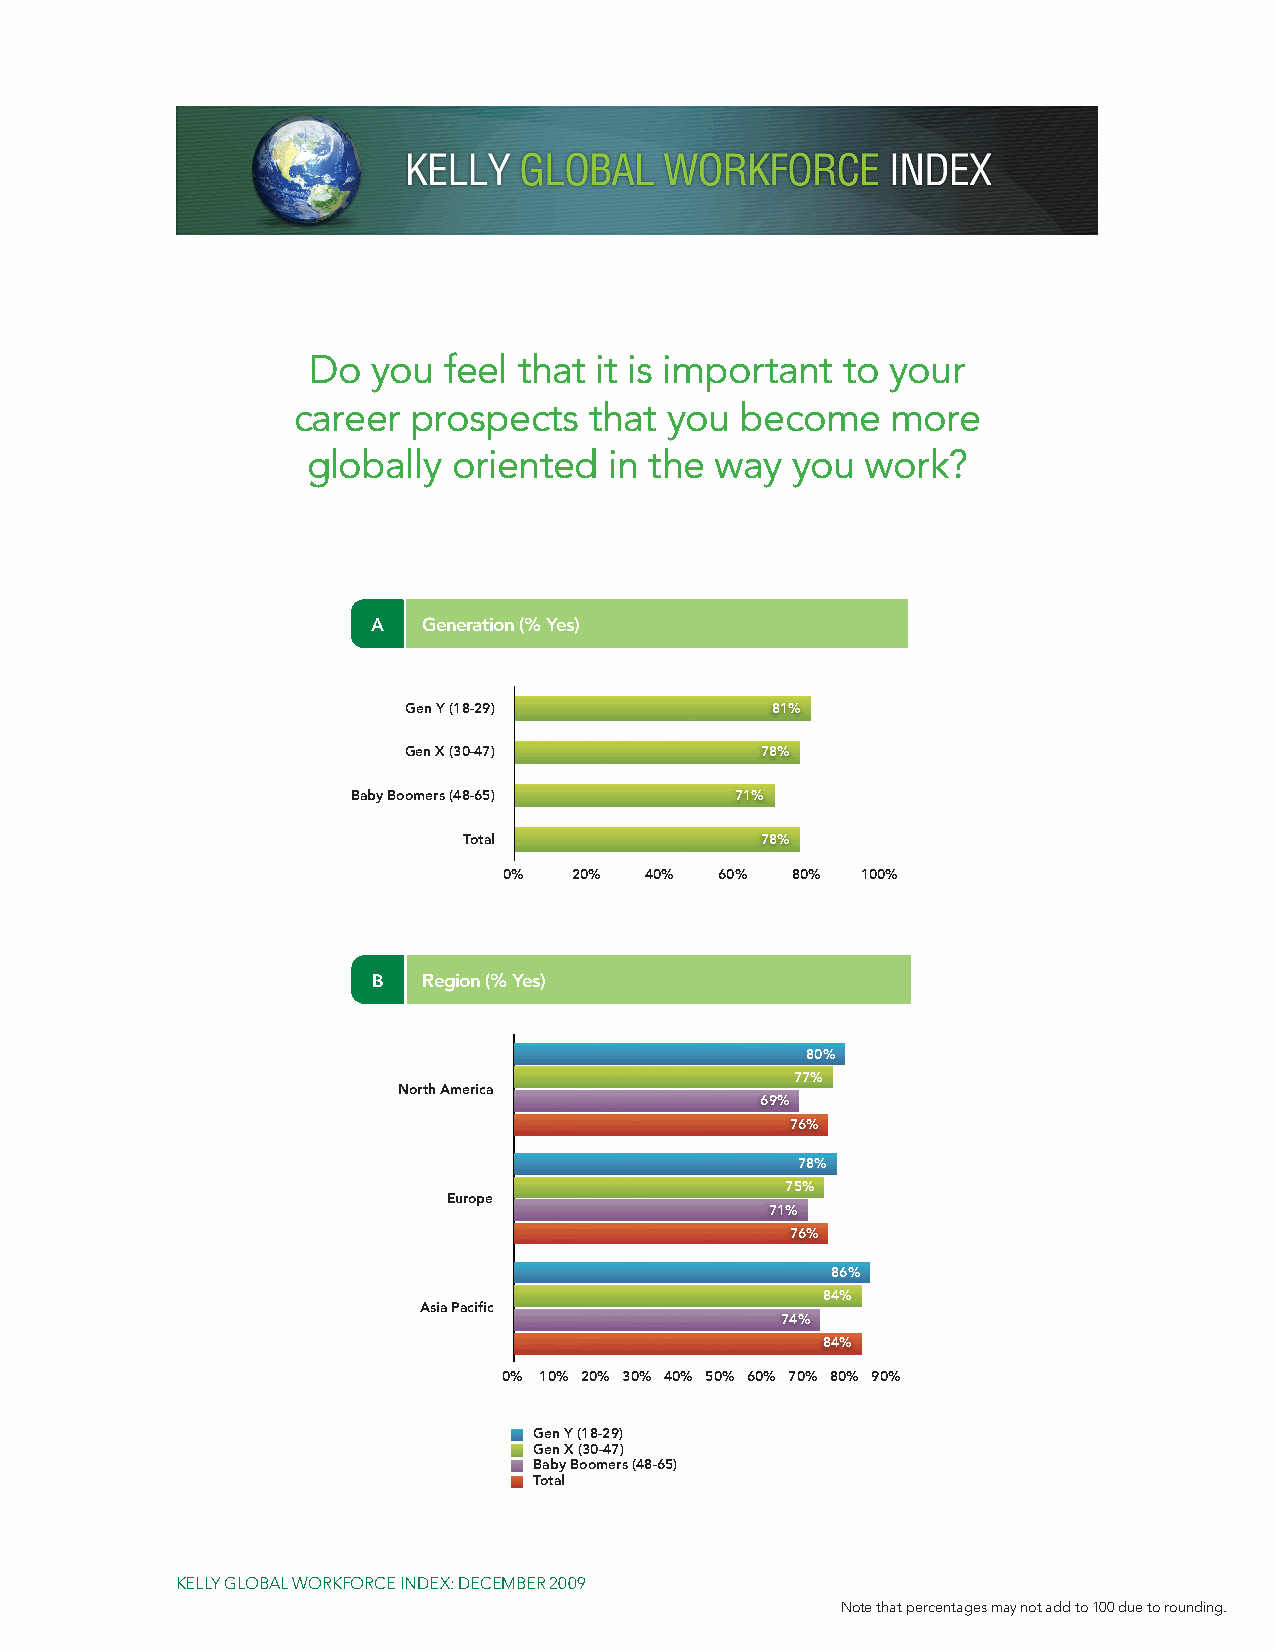
Gen Y      81
 (18-29)
 Gen X      78
 (30-47)
 Baby       71
 Boomers
 (48-65)
 Total      78
 Do   you feel that it is important  to your
 career  prospects   that you  become    more
 globally  oriented  in the way  you  work?
 A  Generation (% Yes)
 Gen Y  Gen X D(3o0 -y4o7u) think Bita'sb iym portant tThaott aylou are globally oriented
 Boomers
 (18-29)        (48-65)
 North  80 Gen Y (18-29) 77 69   76 81%
 America
 Europe 78 Gen X (30-47) 75 71   7678%
 Asia Pacific 86    84     74    84
 Baby Boomers (48-65)      71%
 Total              78%
 0%   20%  40%  60% 80%  100%
 B  Region (% Yes)
 Do you think it's important that you are globally oriented
 80%
 77%
 North America
 69%
 76%
 78%
 75%
 Europe
 71%
 76%
 86%
 84%
 Asia Pacific
 74%
 84%
 0% 10% 20% 30% 40% 50% 60% 70% 80% 90%
 Gen Y (18-29)
 Gen X (30-47)
 Baby Boomers (48-65)
 Total
 Kelly Global worKforce indeX: deceMber 2009
 note that percentages may not add to 100 due to rounding.